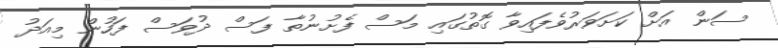
ސަން އަށް ކަށަވަރުވެފައިވާ ގޮތުގައި މަސް ފެށުނުތާ ފަސް ދުވަސް ފަހުން މިއަދު